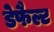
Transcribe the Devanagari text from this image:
डेफैल्ट